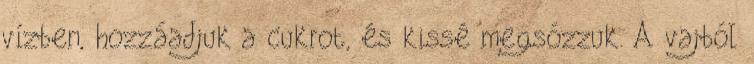
vízben, hozzáadjuk a cukrot, és kissé megsózzuk. A vajból